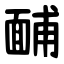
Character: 䩉